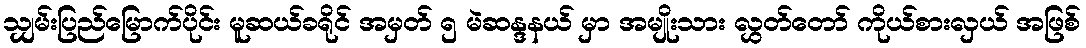
သျှမ်းပြည်မြောက်ပိုင်း မူဆယ်ခရိုင် အမှတ် ၅ မဲဆန္ဒနယ် မှာ အမျိုးသား လွှတ်တော် ကိုယ်စားလှယ် အဖြစ်